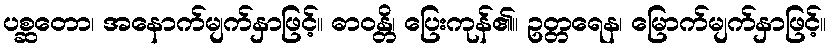
ပစ္ဆတော၊ အနောက်မျက်နှာဖြင့်။ ဓာဝန္တိ၊ ပြေးကုန်၏။ ဥတ္တရေန၊ မြောက်မျက်နှာဖြင့်။